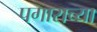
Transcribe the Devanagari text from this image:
पगाराच्या